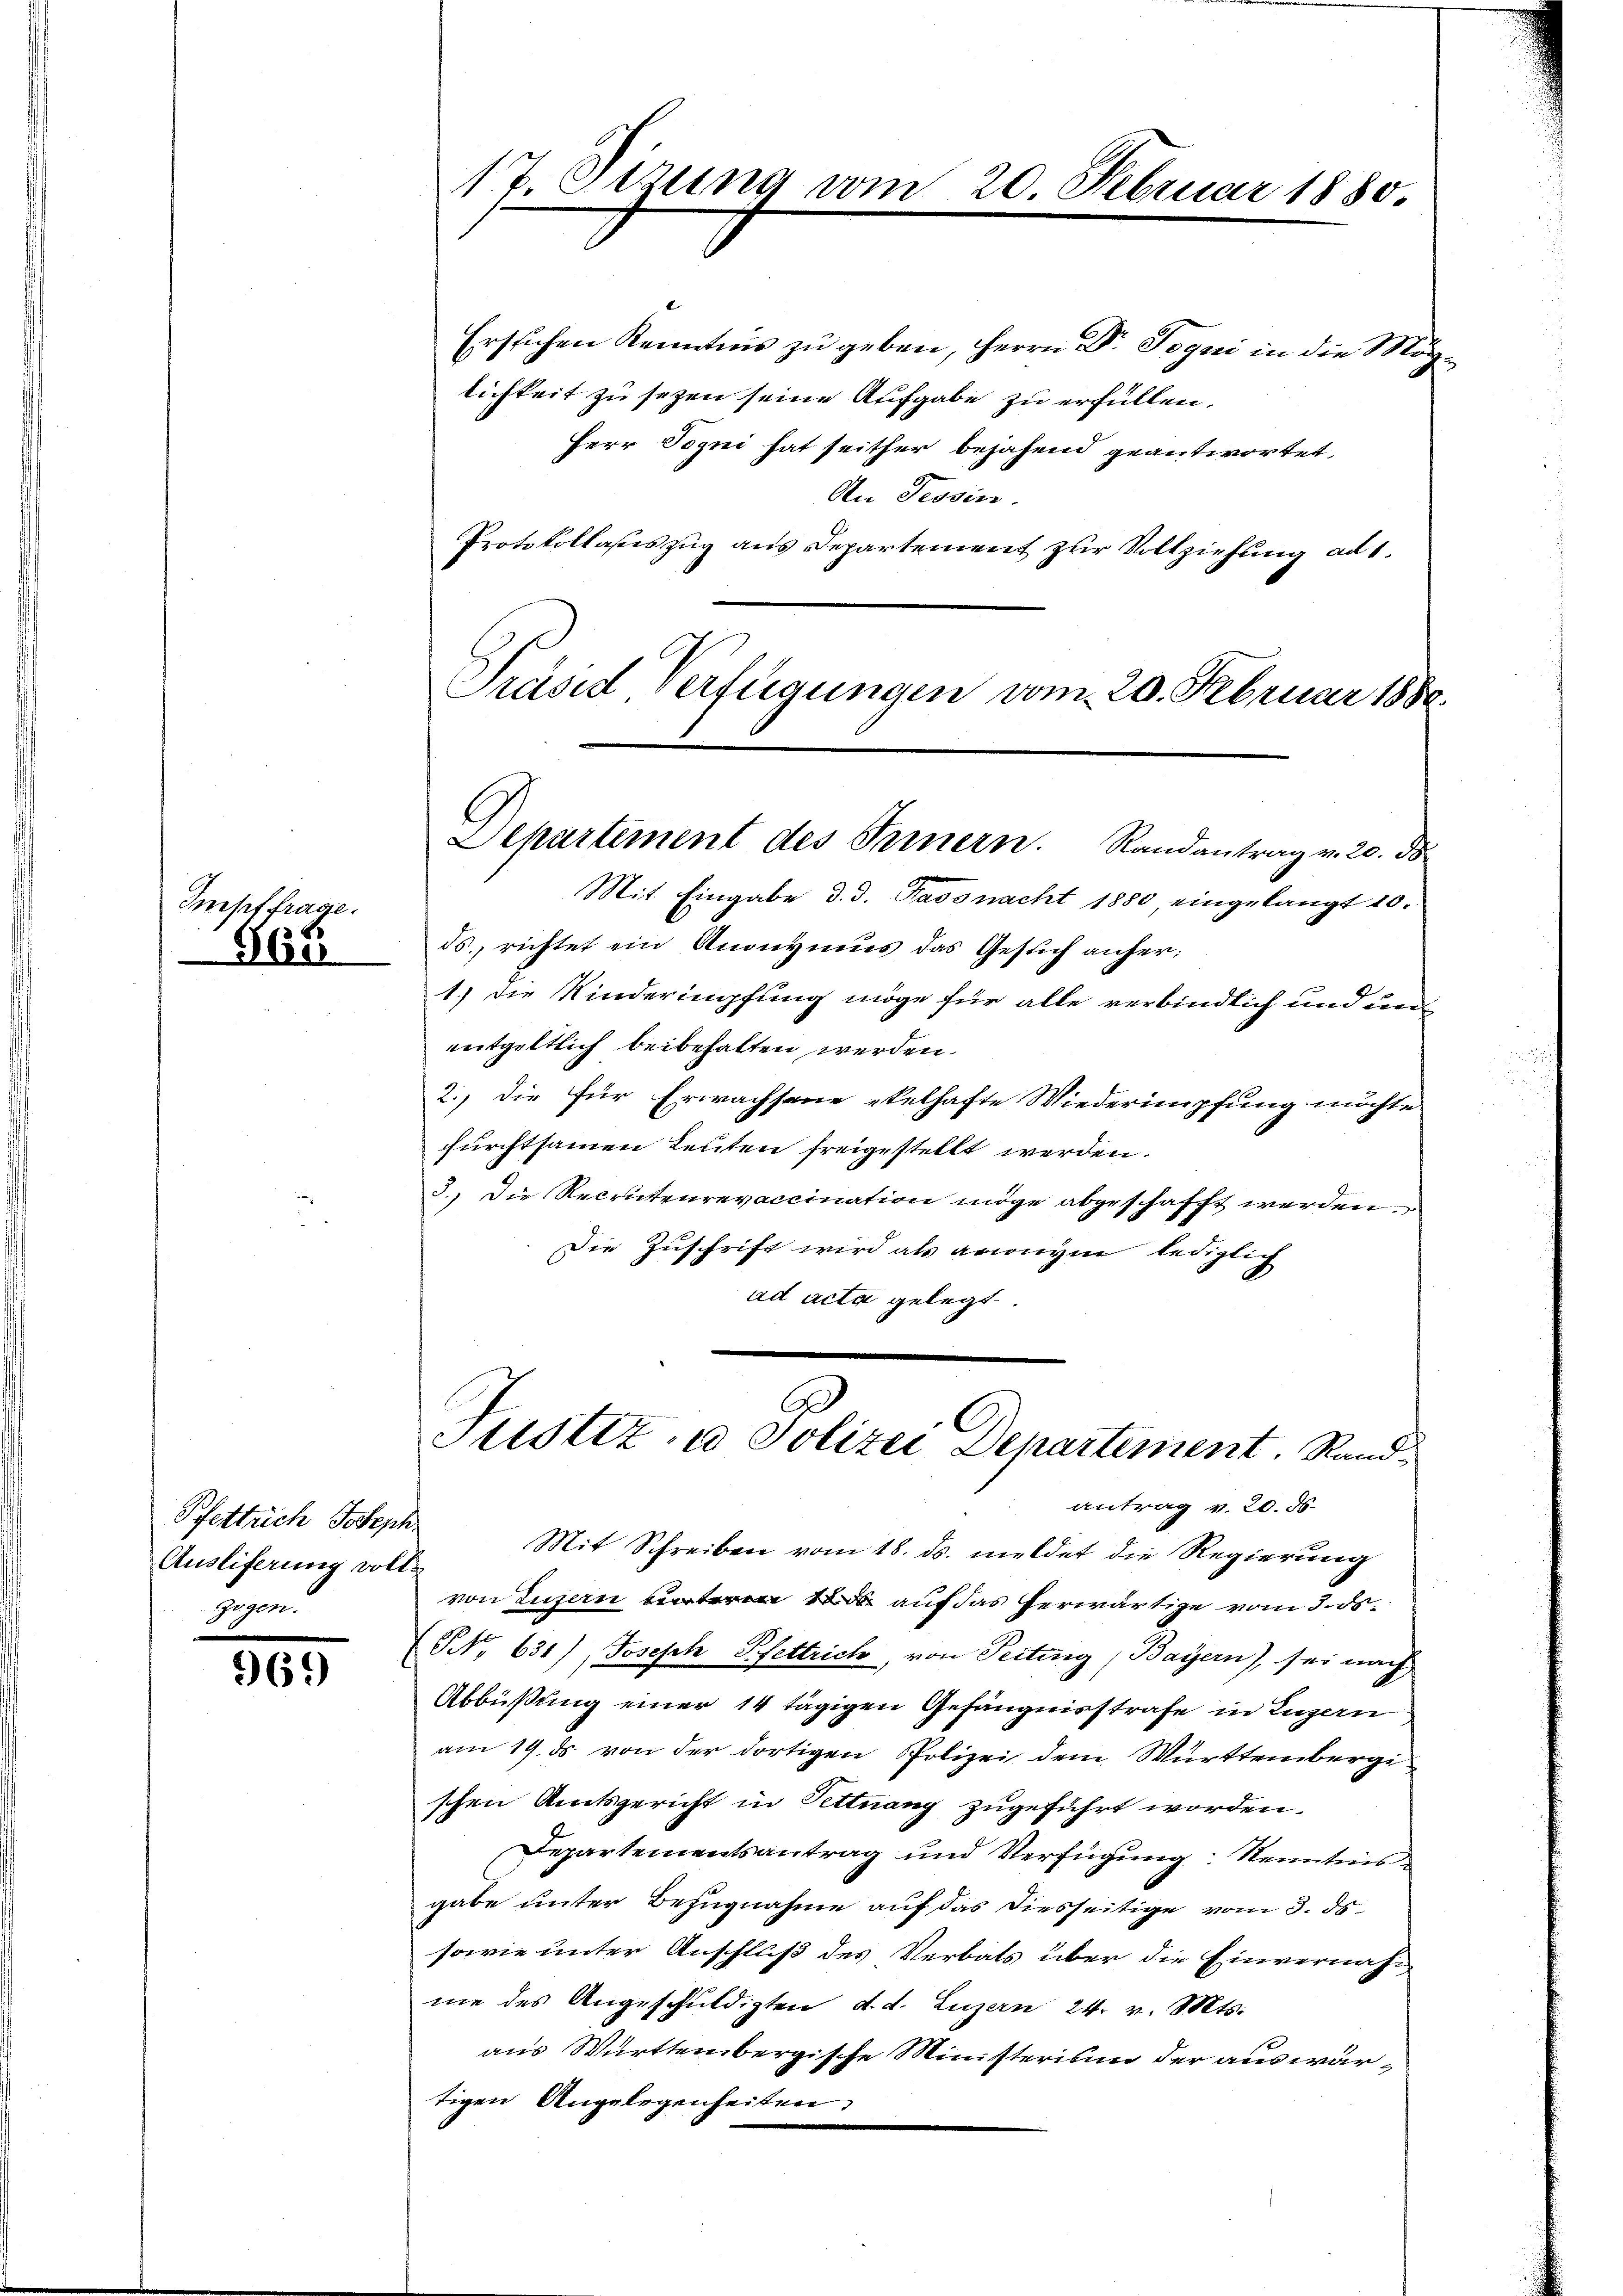
Imptfrage.

565

Pfettrich Joseph
Ausliferung vollzügen.

69)

17. Sitzung vom 20. Februar 1880.

Ersuchen Kenntnis zu geben, Herrn Dr. Togni in die Möglichkeit zu setzen seine Aufgabe zu erfüllen.
Herr Sogni hat seither bejahend geantwortet,
An Tessin.
Protokollasteszug aus Departement zur Vollziehung ad 1.
Präsid Verfügungen vom 20. Februar 1888.

Departement des Innern. Randantrag v. 20. ds.

C
Justiz- u Polizei Departement. Rand-

Mit Eingabe d. d. Fasonacht 1880 eingelangt 10.
ds. richtet ein Anonymus das Gesuch anher¬
1.) Die Kinderimpfung möge für alle verbindlich und den
entgeltlich beibehalten werden.
2., die für Erwachsene ekelhafte Wiederumpfung möchte
furchtsamen Leuten freigestellt werden.
3.) Die Recrutenrevaccination möge abgeschafft werden.
Die Zuschrift wird als anonym lediglich
ad acta gelegt.

antrag v. 20. 56.
Mit Schreiben vom 18. ds. meldet die Regierung
von Luzern unteren 10 auf das herwärtige vom 3. ds.
(N. 631.) Joseph Pfettrich, von Peiting, Bayern), sei nach
Abbüßung einer 14 tägigen Gefängnisstrafe in Luzern
am 19. ds. von der dortigen Polizei dem Württembergischen Amtsgericht in Pettnang zugeführt worden.
Departementsantrag und Verfügung: Kenntnis
gabe unter Bezugnahme auf das diesseitige vom 3. ds.
sowie unter Anschluß des Verbats über die Einvernahme des Angeschuldigten d. d. Luzern 24. v. Mts.
aus Württembergische Ministerium der auswärtigen Angelegenheiten,